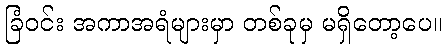
ခြံဝင်း အကာအရံများမှာ တစ်ခုမှ မရှိတော့ပေ။